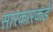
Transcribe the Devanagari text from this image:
सारकारकडे